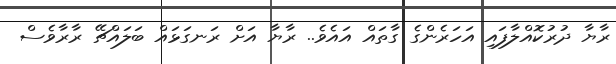
ރާޔާ ދުރުކޮއްލާފައި އަހަރެންގެ ގާތައް އައެވެ.. ރާޔާ އަށް ރަނގަޅައް ބަލައްޗޭ ރާރާވެސް